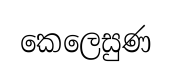
කෙලෙසුණ